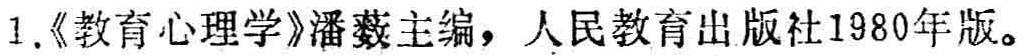
1.《教育心理学》潘菽主编，人民教育出版社1980年版。